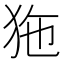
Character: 狏